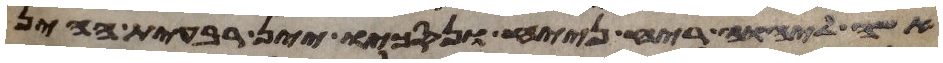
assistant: אשה ליהוה ריח ניחח ונסכו יין רביעית ההין